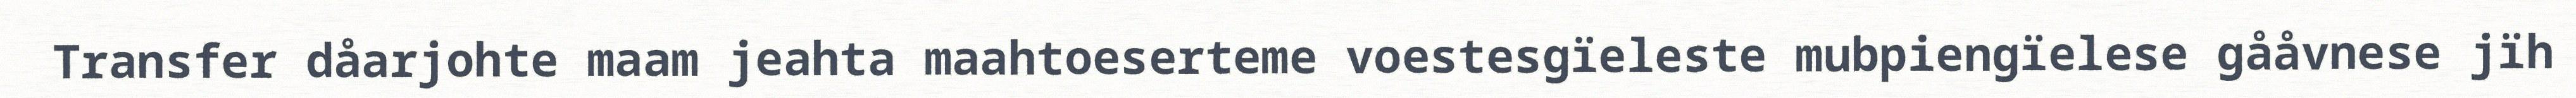
Transfer dåarjohte maam jeahta maahtoeserteme voestesgïeleste mubpiengïelese gååvnese jïh